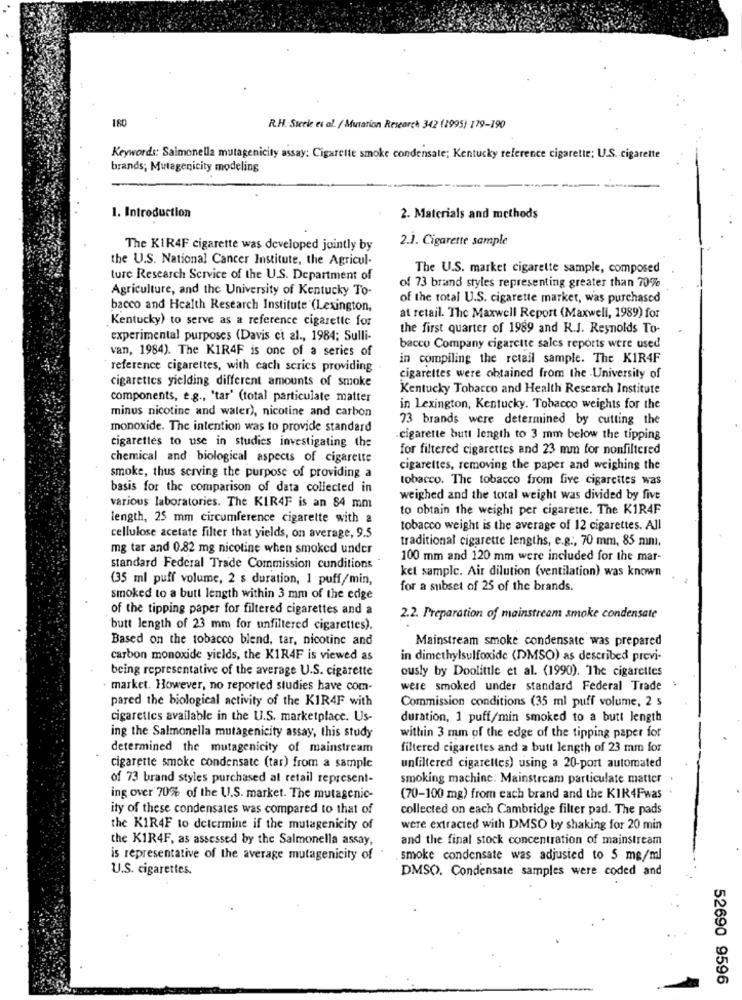
180
R.H. Steek et al. / Mutation Research 342 (1995) 179-190
Keywords: Salmonella mutagenicity assay: Cigarette smoke condensate; Kentucky reference cigarette; U.S. cigarette
brands; Mutagenicity modeling
1. Introduction
2. Materials and methods
2.1. Cigarette sample
The KIR4F cigarette was developed jointly by
the U.S. National Cancer Institute, the Agricul-
The U.S. market cigarette sample, composed
ture Research Service of the U.S. Department of
Agriculture, and the University of Kentucky To-
of 73 brand styles representing greater than 70%
of the total U.S. cigarette market, was purchased
bacco and Health Research Institute (Lexington,
Kentucky) to serve as a reference cigarette for
at retail. The Maxwell Report (Maxwell, 1989) for
the first quarter of 1989 and R.J. Reynolds To-
experimental purposes (Davis et al ., 1984; Sulli-
van, 1984). The KIR4F is one of a series of
bacco Company cigarcite sales reports were used
in compiling the retail sample. The KIR4F
reference cigarettes, with each serics providing
cigarettes yielding different amounts of smoke
cigarettes were obtained from the University of
Kentucky Tobacco and Health Research Institute
components, e.g ., 'tar' (total particulate matter
minus nicotine and water), nicotine and carbon
in Lexington, Kentucky. Tobacco weights for the
73 brands were determined by cutting the
monoxide. The intention was to provide standard
cigarette butt length to 3 mm below the tipping
cigarettes to use in studies investigating the
for filtered cigarettes and 23 mm for nonfiltered
chemical and biological aspects of cigarette
cigarettes, removing the paper and weighing the
smoke, thus serving the purpose of providing a
tobacco. The tobacco from five cigarettes was
basis for the comparison of data collected in
weighed and the total weight was divided by five
various laboratories. The KIR4F is an 84 mm
to obtain the weight per cigarette. The KIR4F
length, 25 mm circumference cigarette with a
tobacco weight is the average of 12 cigarettes. All
cellulose acetate filter that yields, on average, 9.5
traditional cigarette lengths, e.g ., 70 mm, 85 mını,
mg tar and 0.82 mg nicotine when smoked under
100 mm and 120 mm were included for the mar-
standard Federal Trade Commission cunditions
ket sample. Air dilution (ventilation) was known
(35 ml puff volume, 2 s duration, 1 puff/min,
for a subset of 25 of the brands.
smoked to a butt length within 3 mm of the edge
of the tipping paper for filtered cigarettes and a
2.2. Preparation of mainstream smoke condensate
butt length of 23 mm for unfiltered cigarettes).
Based on the tobacco blend, tar, nicotine and
Mainstream smoke condensate was prepared
carbon monoxide yields, the KIR4F is viewed as
in dimethylsulfoxide (DMSO) as described previ-
being representative of the average U.S. cigarette
ously by Doolittle et al. (1990). The cigarettes
market. However, no reported studies have com-
were smoked under standard Federal Trade
pared the biological activity of the KIR4F with
Commission conditions (35 ml puff volume, 2 s
cigaretics available in the U.S. marketplace. Us-
duration, 1 puff/min smoked to a butt length
ing the Salmonella mutagenicity assay, this study
within 3 mm of the edge of the tipping paper for
determined the mutagenicity of mainstream
filtered cigarettes and a butt length of 23 mm for
cigarette smoke condensate (tar) from a sample
unfiltered cigarettes) using a 20-port automated
of 73 brand styles purchased al retail represent-
smoking machine: Mainstream particulate matter
ing over 70% of the U.S. market. The mutagenic-
(70-100 mg) from each brand and the KIR4Fwas
ity of these condensates was compared to that of
collected on each Cambridge filter pad. The pads
the KIR4F to determine if the mutagenicity of
were extracted with DMSO by shaking for 20 min
the KIR4F, as assessed by the Salmonella assay,
and the final stock concentration of mainstream
is representative of the average mutagenicity of
smoke condensate was adjusted to 5 mg/ml
U.S. cigarettes.
DMSO. Condensate samples were coded and
52690 9596